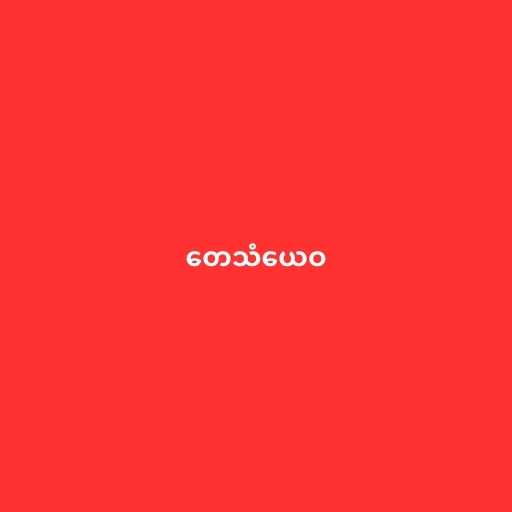
တေသံယေဝ